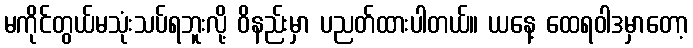
မကိုင်တွယ်မသုံးသပ်ရဘူးလို့ ဝိနည်းမှာ ပညတ်ထားပါတယ်။ ယနေ့ ထေရဝါဒမှာတော့